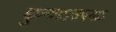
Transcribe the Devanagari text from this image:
बुध्न्याऽउपमाऽ